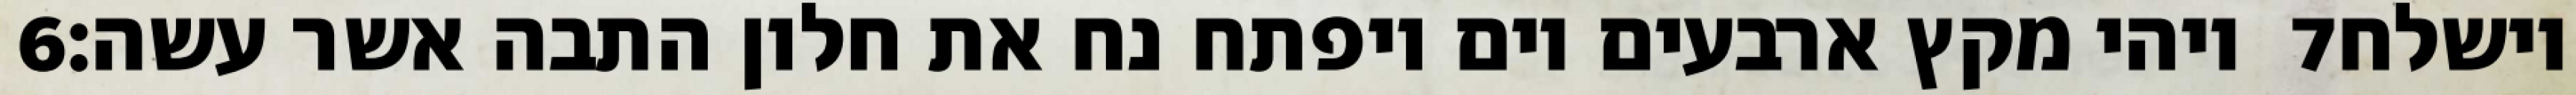
‎6‏ ויהי מקץ ארבעים יום ויפתח נח את חלון התבה אשר עשה׃ ‎7‏ וישלח